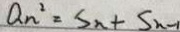
a _ { n } ^ { 2 } = S _ { n } + S _ { n - 1 }